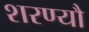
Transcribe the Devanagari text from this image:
शरण्यौ